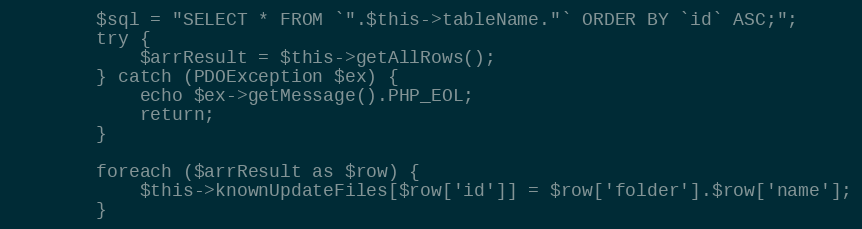
Language: PHP
        $sql = "SELECT * FROM `".$this->tableName."` ORDER BY `id` ASC;";
        try {
            $arrResult = $this->getAllRows();
        } catch (PDOException $ex) {
            echo $ex->getMessage().PHP_EOL;
            return;
        }

        foreach ($arrResult as $row) {
            $this->knownUpdateFiles[$row['id']] = $row['folder'].$row['name'];
        }